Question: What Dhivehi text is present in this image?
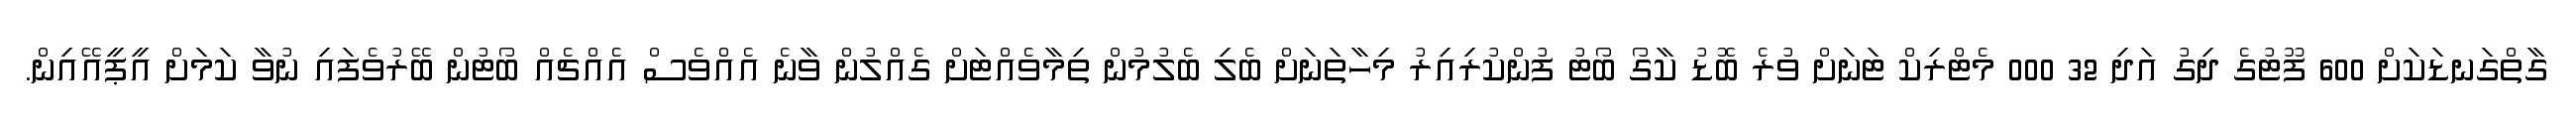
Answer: ގާތްގަނޑަކަށް 600 ފޫޓުގެ ދިގު އަދި 32 000 މެޓްރިކް ޓަނަށް ވުރެ ބޮޑު ކާގޯ ބޯޓު ފުންކުރިއިރު މިހާތަނަށް ބެލި ބެލުމުން ތިމާވެއްޓަށް ގެއްލުން ވާނެ އެއްވެސް އެއްޗެއް ބޯޓުން ބޭރުވެފައި ނުވާ ކަމަށް އީޕީއޭއިން.